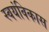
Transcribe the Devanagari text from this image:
स्वयंविकास